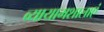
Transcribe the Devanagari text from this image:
व्यायामशालाएं